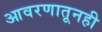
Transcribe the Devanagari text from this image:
आवरणातूनही